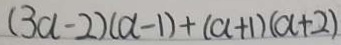
( 3 a - 2 ) ( a - 1 ) + ( a + 1 ) ( a + 2 )